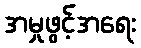
အမှုဖွင့်အရေး